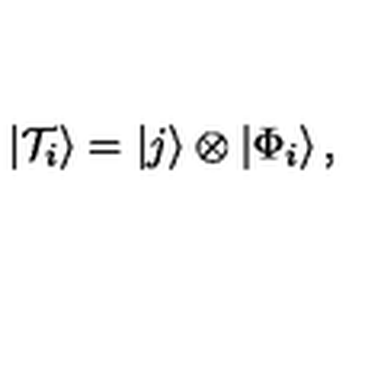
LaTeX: \left| { \cal T } _ { i } \right> = \left| j \right> \otimes \left| \Phi _ { i } \right> ,